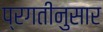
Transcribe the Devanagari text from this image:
प्रगतीनुसार